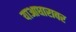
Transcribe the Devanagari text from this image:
याआधारावर